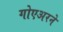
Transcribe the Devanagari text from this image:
गोएअरने